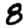
Digit: 8